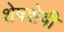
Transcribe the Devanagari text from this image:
शेषशेषी